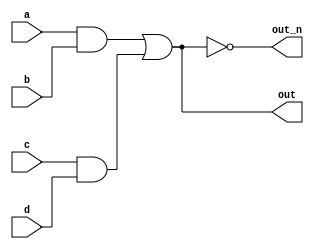
`default_nettype none
module top_module(
    input a,
    input b,
    input c,
    input d,
    output out,
    output out_n   ); 

    wire out_and1;
    wire out_and2;
    
    assign out_and1 = a & b;
    assign out_and2 = c & d;
    assign out      = out_and1 | out_and2;
    assign out_n    = ~(out_and1 | out_and2);
endmodule